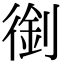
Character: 𠞾